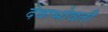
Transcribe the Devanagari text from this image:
देवाभोवती